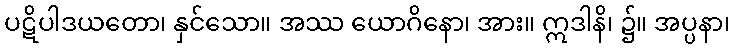
ပဋိပါဒယတော၊ နှင်သော။ အဿ ယောဂိနော၊ အား။ ဣဒါနိ၊ ၌။ အပ္ပနာ၊